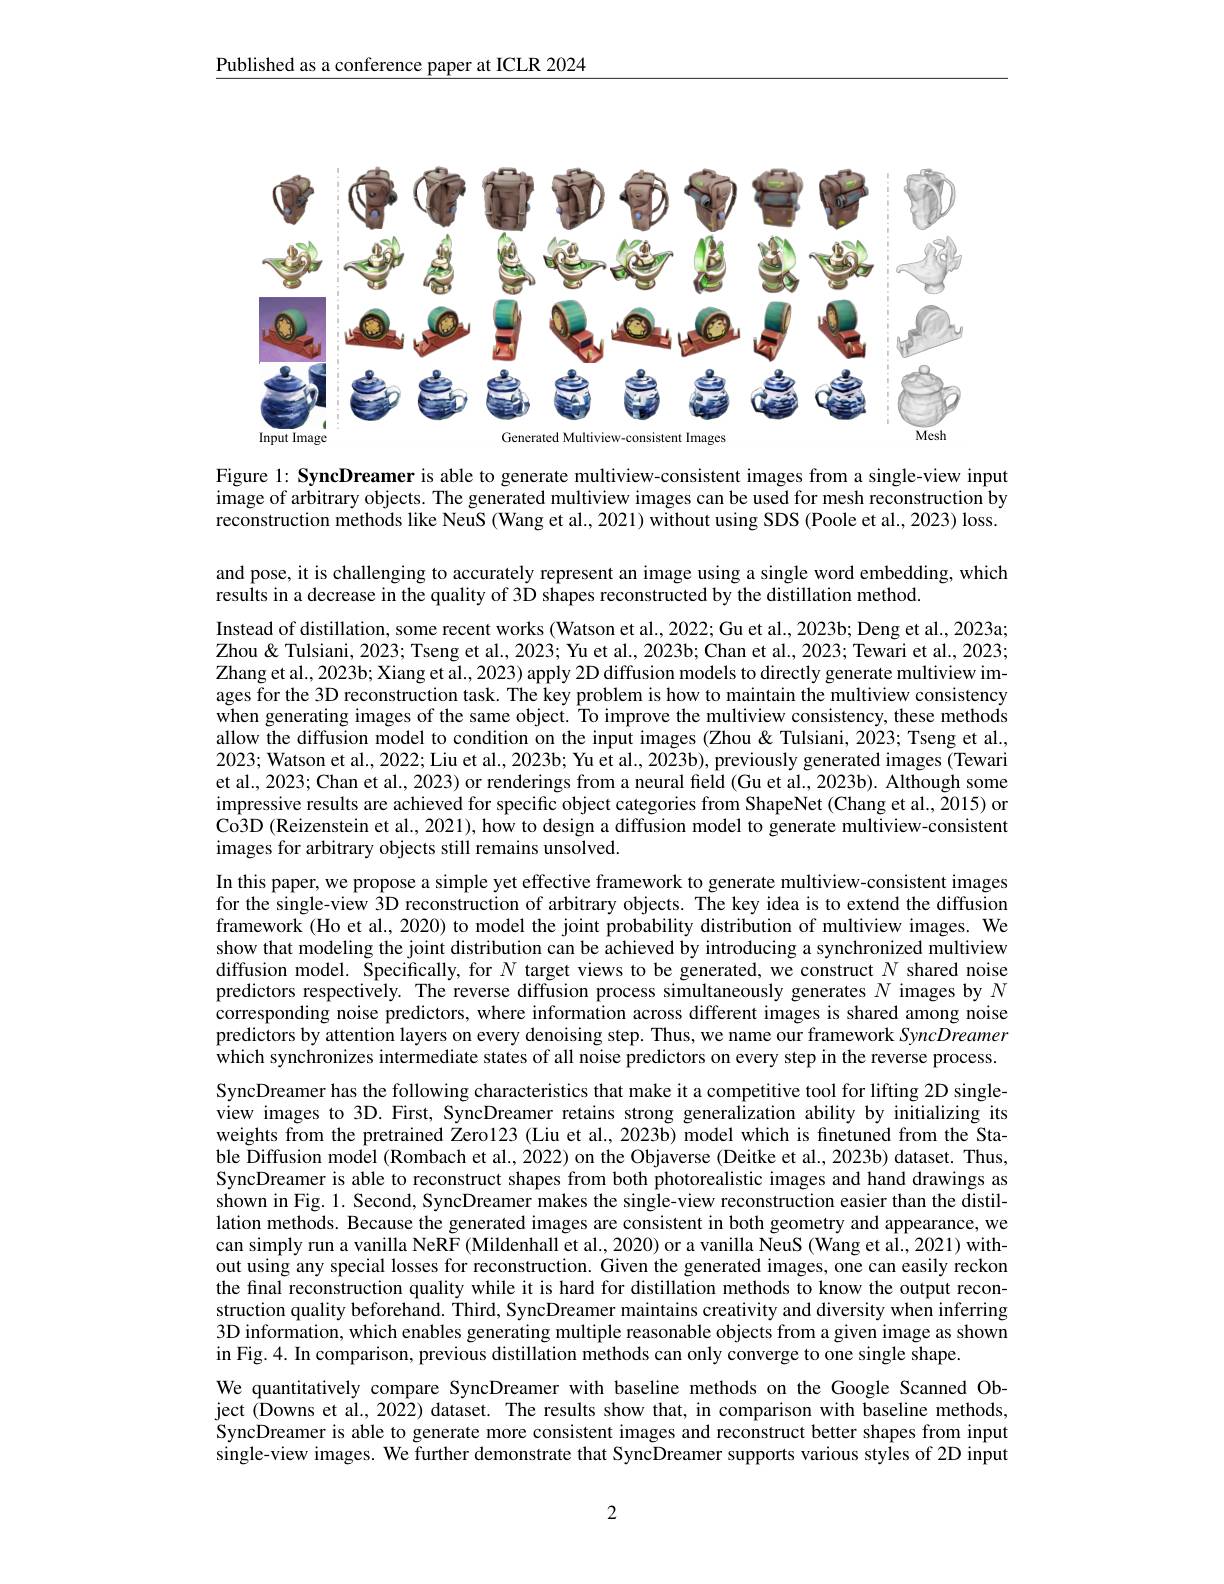
Published as a conference paper at ICLR 2024

<FigureHere>

Figure 1: SyncDreamer is able to generate multiview-consistent images from a single-view input

image of arbitrary objects. The generated multiview images can be used for mesh reconstruction by

reconstruction methods like NeuS (Wang et al., 2021) without using SDS (Poole et al., 2023) loss.

and pose, it is challenging to accurately represent an image using a single word embedding, which
results in a decrease in the quality of 3D shapes reconstructed by the distillation method.

Instead of distillation, some recent works (Watson et al., 2022; Gu et al., 2023b; Deng et al., 2023a; Zhou & Tulsiani, 2023; Tseng et al., 2023; Yu et al., 2023b; Chan et al., 2023; Tewari et al., 2023; Zhang et al., 2023b; Xiang et al., 2023) apply 2D diffusion models to directly generate multiview images for the 3D reconstruction task. The key problem is how to maintain the multiview consistency when generating images of the same object. To improve the multiview consistency, these methods allow the diffusion model to condition on the input images (Zhou & Tulsiani, 2023; Tseng et al., 2023; Watson et al., 2022; Liu et al., 2023b; Yu et al.., 2023b), previously generated images (Tewari et al., 2023; Chan et al., 2023) or renderings from a neural field (Gu et al., 2023b). Although some impressive results are achieved for specific object categories from ShapeNet (Chang et al., 2015) or $\hat{\text{Co3D (Reizenstein et al., 2021), how to design a diffusion model to generate multiview-consistent}}$ images for arbitrary objects still remains unsolved.

In this paper, we propose a simple yet effective framework to generate multiview-consistent images for the single-view 3D reconstruction of arbitrary objects. The key idea is to extend the diffusion framework (Ho et al., 2020) to model the joint probability distribution of multiview images. We show that modeling the joint distribution can be achieved by introducing a synchronized multiview diffusion model. Specifically, for $N$ target views to be generated, we construct $N$ shared noise predictors respectively. The reverse diffusion process simultaneously generates $N$ images by $N$ corresponding noise predictors, where information across different images is shared among noise predictors by attention layers on every denoising step. Thus, we name our framework SyncDreamer $\dot{\text{which synchronizes intermediate states of all noise predictors on every step in the reverse process.}}$ SyncDreamer has the following characteristics that make it a competitive tool for lifting 2D singleview images to 3D. First, SyncDreamer retains strong generalization ability by initializing its weights from the pretrained Zero123 (Liu et al., 2023b) model which is finetuned from the Stable $\tilde{\text{Diffusion model(Rombach et al.,2022)on the Objaverse (Deitke et al., 2023b) dataset. Thus,}}$ SyncDreamer is able to reconstruct shapes from both photorealistic images and hand drawings as shown in Fig. 1. Second, SyncDreamer makes the single-view reconstruction easier than the distillation methods. Because the generated images are consistent in both geometry and appearance, we can simply run a vanilla NeRF (Mildenhall et al., 2020) or a vanilla NeuS (Wang et al., 2021) without using any special losses for reconstruction. Given the generated images, one can easily reckon the final reconstruction quality while it is hard for distillation methods to know the output reconstruction quality beforehand. Third, SyncDreamer maintains creativity and diversity when inferring 3D information, which enables generating multiple reasonable objects from a given image as shown in Fig. 4. In comparison, previous distillation methods can only converge to one single shape.
We quantitatively compare SyncDreamer with baseline methods on the Google Scanned Object (Downs et al., 2022) dataset. The results show that, in comparison with baseline methods, SyncDreamer is able to generate more consistent images and reconstruct better shapes from input single-view images. We further demonstrate that SyncDreamer supports various styles of 2D input

2